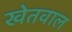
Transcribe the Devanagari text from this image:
खेतवाल